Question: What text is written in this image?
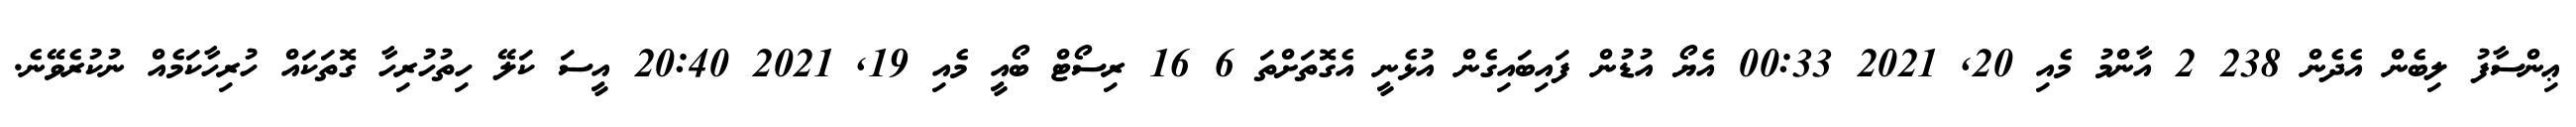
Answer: ޢިންސާފު ލިބެން އެދެން 238 2 އާންމު މެއި 20, 2021 00:33 އެޔޯ އުޑުން ފައިބައިގެން އުޅެނީ އެގޮތަށްތަ 6 16 ރިސޯޓް ބޯއީ މެއި 19, 2021 20:40 އީސަ ކަލޭ ހިތުހުރިހާ ގޮތަކައް ހުރިހާކަމެއް ނުކުރެވޭނެ.